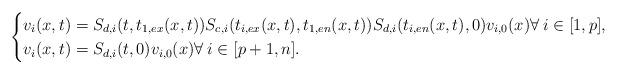
LaTeX: \begin{align*} \begin{cases} v_i(x,t)=S_{d,i}(t,t_{1,ex}(x,t))S_{c,i}(t_{i,ex}(x,t),t_{1,en}(x,t))S_{d,i}(t_{i,en}(x,t),0)v_{i,0}(x) \forall\:i\in[1,p], \\ v_i(x,t)=S_{d,i}(t,0)v_{i,0}(x) \forall\:i\in[p+1,n]. \end{cases} \end{align*}